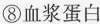
⑧血浆蛋白